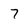
Character: 7